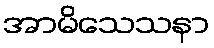
အာမိသေသနာ